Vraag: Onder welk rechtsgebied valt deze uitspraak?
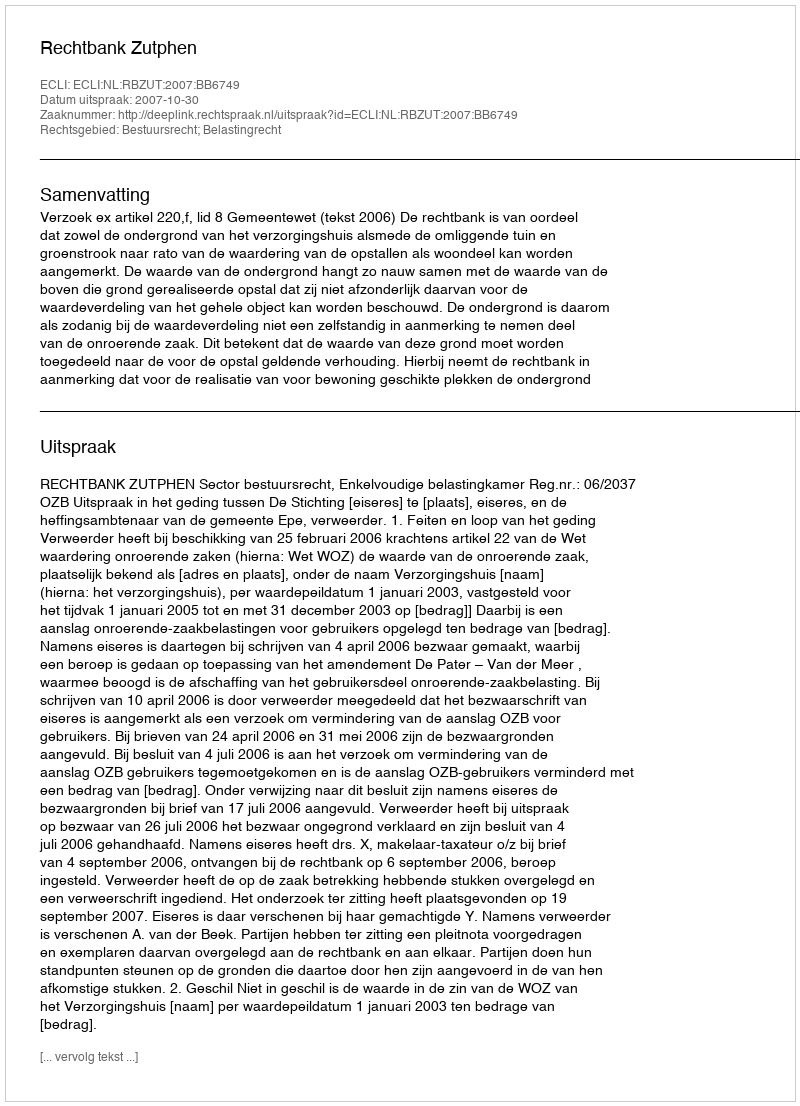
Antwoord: Bestuursrecht; Belastingrecht